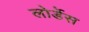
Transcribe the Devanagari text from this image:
लोर्डेस